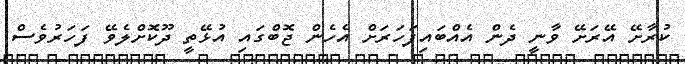
ކުރާށޭ އޭރަށޭ ވާނީ ދެން އެއްބައިފަހަރަށް އެހެން ޖޮބްގައި އުޅޭތީ ދޫކޮށްލެވޭ ފަހަރުވެސް